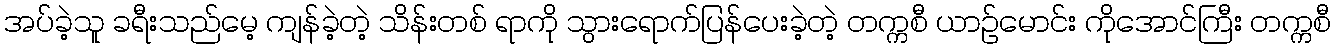
အပ်ခဲ့သူ ခရီးသည်မေ့ ကျန်ခဲ့တဲ့ သိန်းတစ် ရာကို သွားရောက်ပြန်ပေးခဲ့တဲ့ တက္ကစီ ယာဉ်မောင်း ကိုအောင်ကြီး တက္ကစီ